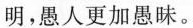
明，愚人更加愚昧。